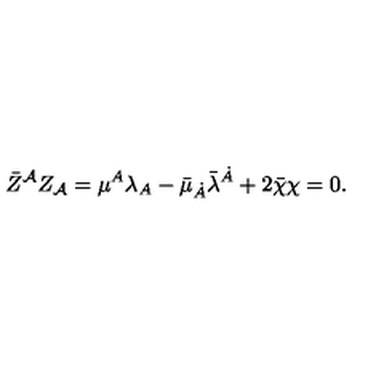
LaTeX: \bar { Z } ^ { \cal A } Z _ { \cal A } = \mu ^ { A } \lambda _ { A } - \bar { \mu } _ { \dot { A } } \bar { \lambda } ^ { \dot { A } } + 2 \bar { \chi } \chi = 0 .